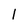
Character: 1